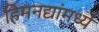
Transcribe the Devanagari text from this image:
हिमनद्यांमध्ये